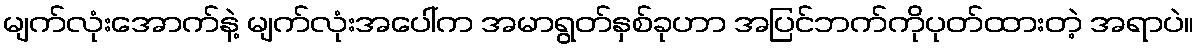
မျက်လုံးအောက်နဲ့ မျက်လုံးအပေါ်က အမာရွတ်နှစ်ခုဟာ အပြင်ဘက်ကိုပုတ်ထားတဲ့ အရာပဲ။